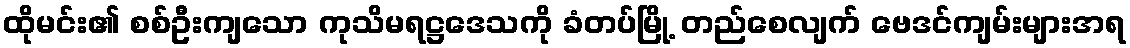
ထိုမင်း၏ စစ်ဦးကျသော ကုသိမရဋ္ဌဒေသကို ခံတပ်မြို့ တည်စေလျက် ဗေဒင်ကျမ်းများအရ